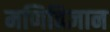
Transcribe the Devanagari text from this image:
मणिविज्ञान